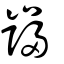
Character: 巋